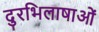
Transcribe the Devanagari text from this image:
दुरभिलाषाओं